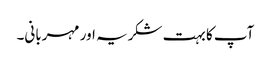
آپ کا بہت شکریہ اور مہربانی۔